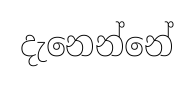
දැනෙන්නේ